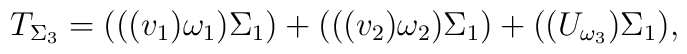
T_{\Sigma_3}=(((v_1)\omega_1)\Sigma_1)+(((v_2)\omega_2)\Sigma_1)+((U_{\omega_3})\Sigma_1),